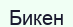
Бикен